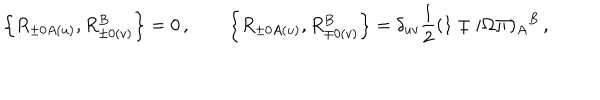
\left\{ R _ { \pm 0 A ( u ) } , R _ { \pm 0 ( v ) } ^ { B } \right\} = 0 \, , \qquad \left\{ R _ { \pm 0 A ( u ) } , R _ { \mp 0 ( v ) } ^ { B } \right\} = \delta _ { u v } \frac { 1 } { 2 } ( 1 \mp i \Omega \Pi ) _ { A } { } ^ { B } \, ,